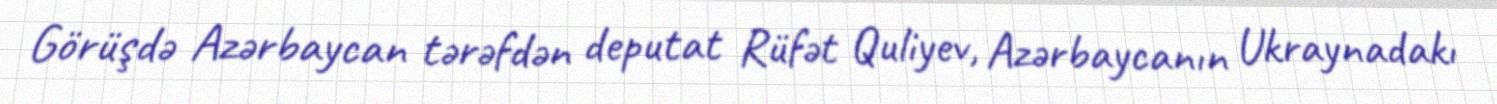
Görüşdə Azərbaycan tərəfdən deputat Rüfət Quliyev, Azərbaycanın Ukraynadakı